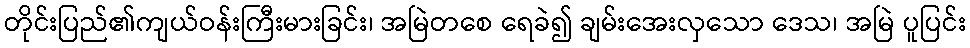
တိုင်းပြည်၏ကျယ်ဝန်းကြီးမားခြင်း၊ အမြဲတစေ ရေခဲ၍ ချမ်းအေးလှသော ဒေသ၊ အမြဲ ပူပြင်း